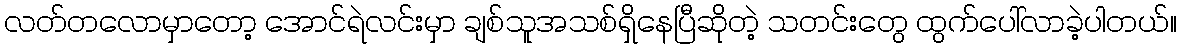
လတ်တလောမှာတော့ အောင်ရဲလင်းမှာ ချစ်သူအသစ်ရှိနေပြီဆိုတဲ့ သတင်းတွေ ထွက်ပေါ်လာခဲ့ပါတယ်။